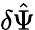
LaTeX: \delta\hat{\Psi}